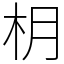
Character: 枂